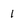
Character: 1